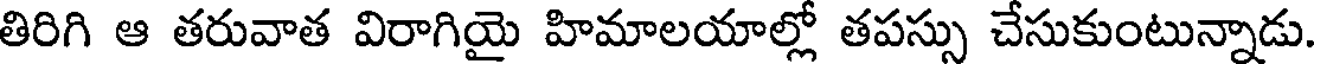
తిరిగి ఆ తరువాత విరాగియై హిమాలయాల్లో తపస్సు చేసుకుంటున్నాడు.